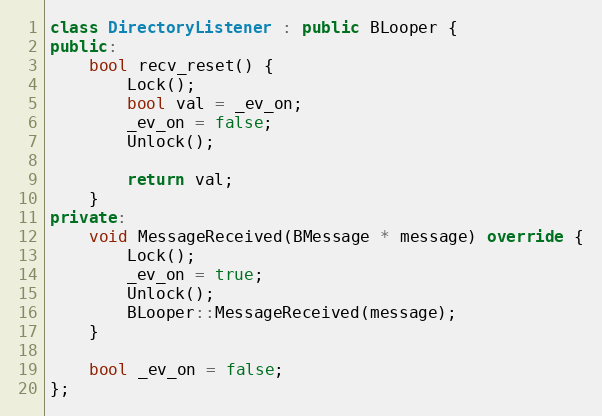
Language: C++
class DirectoryListener : public BLooper {
public:
	bool recv_reset() {
		Lock();
		bool val = _ev_on;
		_ev_on = false;
		Unlock();

		return val;
	}
private:
	void MessageReceived(BMessage * message) override {
		Lock();
		_ev_on = true;
		Unlock();
		BLooper::MessageReceived(message);
	}

	bool _ev_on = false;
};